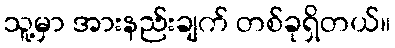
သူ့မှာ အားနည်းချက် တစ်ခုရှိတယ်။